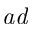
{ \it a d }